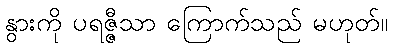
နွားကို ပရဇ္ဇီသာ ကြောက်သည် မဟုတ်။